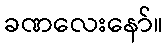
ခဏလေးနော်။